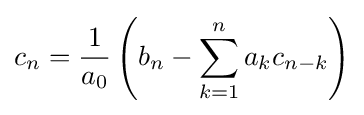
c_{n}={\frac {1}{a_{0}}}\left(b_{n}-\sum _{k=1}^{n}a_{k}c_{n-k}\right)